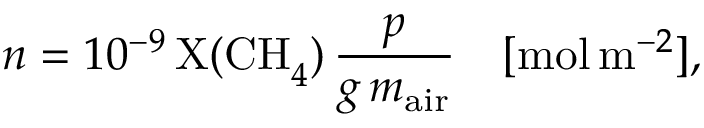
n = 1 0 ^ { - 9 } \, \mathrm { X ( C H } _ { 4 } \mathrm { ) } \, \frac { p } { g \, m _ { \mathrm { a i r } } } \quad [ \mathrm { m o l } \, \mathrm { m } ^ { - 2 } ] ,